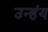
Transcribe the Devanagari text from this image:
उन्हंय